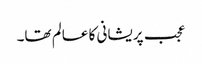
عجب پریشانی کا عالم تھا۔